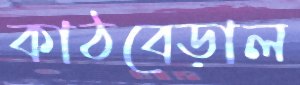
কাঠবেড়াল